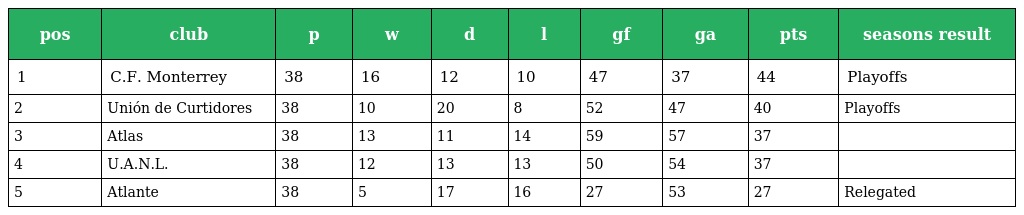
| pos | club | p | w | d | l | gf | ga | pts | seasons result |
 | --- | --- | --- | --- | --- | --- | --- | --- | --- | --- |
 | 1 | C.F. Monterrey | 38 | 16 | 12 | 10 | 47 | 37 | 44 | Playoffs |
 | 2 | Unión de Curtidores | 38 | 10 | 20 | 8 | 52 | 47 | 40 | Playoffs |
 | 3 | Atlas | 38 | 13 | 11 | 14 | 59 | 57 | 37 |  |
 | 4 | U.A.N.L. | 38 | 12 | 13 | 13 | 50 | 54 | 37 |  |
 | 5 | Atlante | 38 | 5 | 17 | 16 | 27 | 53 | 27 | Relegated |